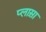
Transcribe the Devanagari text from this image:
प्लास़ा